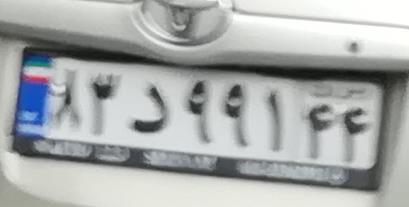
۸۳د۹۹۱۴۴